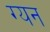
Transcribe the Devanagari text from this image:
ग्यन